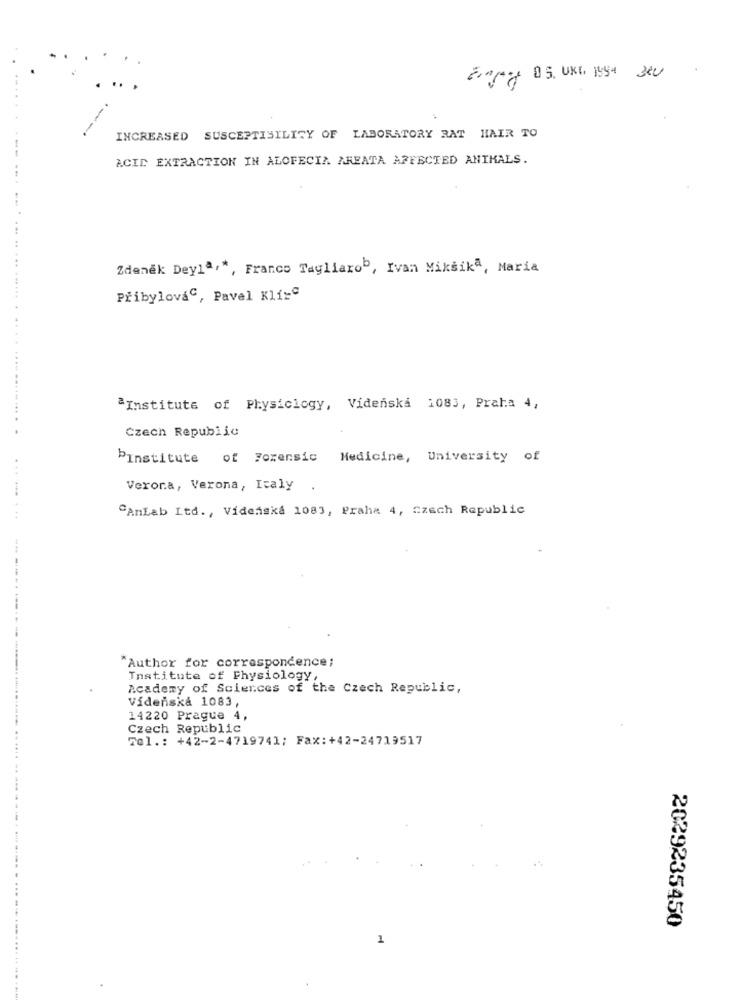
Eng 05. UKI, 1994 3KU
INCREASED SUSCEPTISILITY OF LABORATORY RAT HAIR TO
ACID EXTRACTION IN ALOFECIA AREATA AFFECTED ANIMALS.
Zdeněk Deyla :*, Franco Tagliarob, Ivan Miksika, Maria
PřibylováC, Pavel Klí=ª
"Institute of Physiclogy, Videnska 1083, Praha 4,
Czech Republic
... ...... . ................... .
bInstitute of Forensic Medicine, University of
Verona, Verona, Italy .
"AnLab Ltd ., Videaska 1083, Praha 4, Czech Republic
...... ...
"Author for correspondence;
Institute of Physiology,
Academy of Sciences of the Czech Republic,
Vídeňská 1083,
14220 Prague 4,
Czech Republic
Tel .: +42-2-4719741; Fax:+42-24719517
2029235450
1